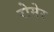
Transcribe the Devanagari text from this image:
रोमेर